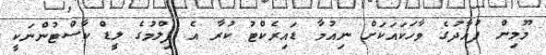
މޫމިން ފުއާދުގެ ވާހަކައަކަށް ނިއުމާ ޑައިރެކްޓު ކުރާ އެ ފިލްމުގެ ލީޑް ކާސްޓުންނަކީ